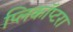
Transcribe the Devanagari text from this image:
प्लिकॉप्टरा